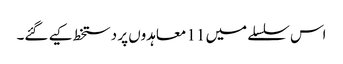
اس سلسلے میں 11 معاہدوں پر دستخط کیے گئے۔